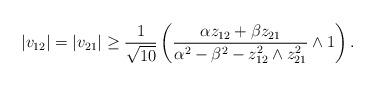
LaTeX: \begin{align*}|v_{12}| = |v_{21}| \geq \frac{1}{\sqrt{10}}\left(\frac{\alpha z_{12} + \beta z_{21}}{\alpha^2 - \beta^2 - z_{12}^2\wedge z_{21}^2}\wedge 1\right).\\ \end{align*}